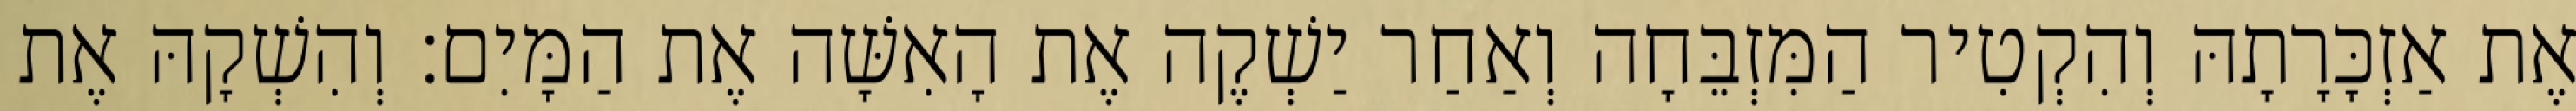
אֶת אַזְכָּרָתָהּ וְהִקְטִיר הַמִּזְבֵּחָה וְאַחַר יַשְׁקֶה אֶת הָאִשָּׁה אֶת הַמָּיִם׃ וְהִשְׁקָהּ אֶת